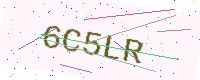
Text: 6C5LR